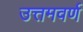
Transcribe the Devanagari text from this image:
उत्तमवर्ण